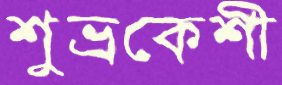
শুভ্রকেশী